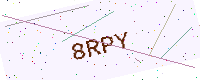
Text: 8RPY